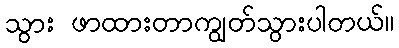
သွား ဖာထားတာကျွတ်သွားပါတယ်။